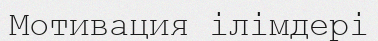
Мотивация ілімдері